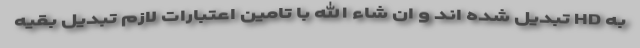
به HD تبدیل شده اند و ان شاء الله با تامین اعتبارات لازم تبدیل بقیه